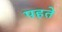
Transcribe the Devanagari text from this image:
पहते